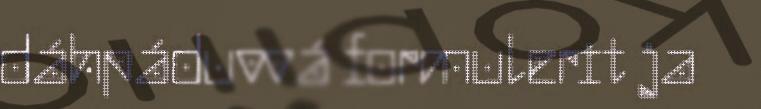
dáhpáduvvá formulerit ja